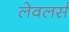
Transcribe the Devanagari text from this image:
लेवलर्स